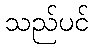
သည်ပင်